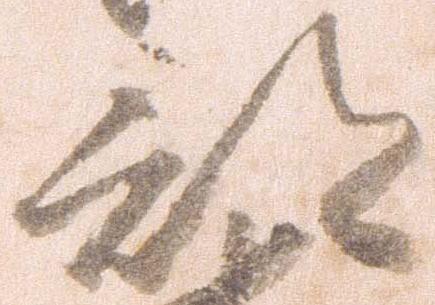
部